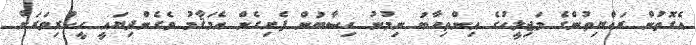
އެގޮތުން ރައްޔިތުންގެ މަޖިލީހުގެ އިންތިހާބު ނިމުނު ހިސާބުން ފެށިގެން އެމަޤާމު ވެގެންދިޔައީ ހީކުރިވަރަށް